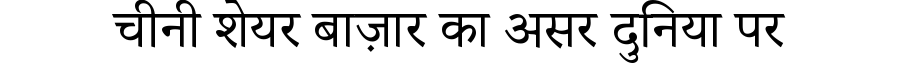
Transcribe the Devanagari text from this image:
चीनी शेयर बाज़ार का असर दुनिया पर